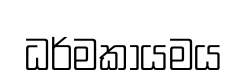
ධර්මකායමය